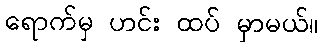
ရောက်မှ ဟင်း ထပ် မှာမယ်။